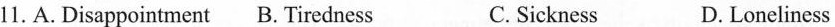
11.A.Disappointment B. Tiredness C. Sickness D. Loneliness